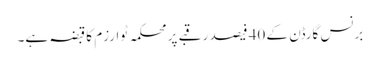
برنس گارڈن کے 40 فیصد رقبے پر محکمہ ٹوارزم کا قبضہ ہے۔